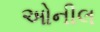
ઓનીલ